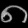
Digit: ၈